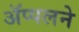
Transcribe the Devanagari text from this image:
ॲप्पलने